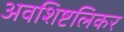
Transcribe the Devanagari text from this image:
अवशिष्टलिकर